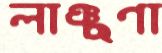
লাঞ্ছণা